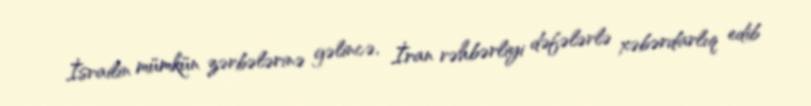
İsrailin mümkün zərbələrinə gəlincə, İran rəhbərliyi dəfələrlə xəbərdarlıq edib